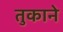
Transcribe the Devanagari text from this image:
तुकाने